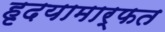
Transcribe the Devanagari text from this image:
हृदयामार्फत